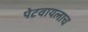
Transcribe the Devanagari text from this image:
पेटवायलाच